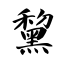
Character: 黧